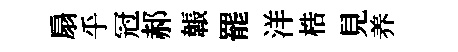
扇乎冠郝韔罷洋梏見养